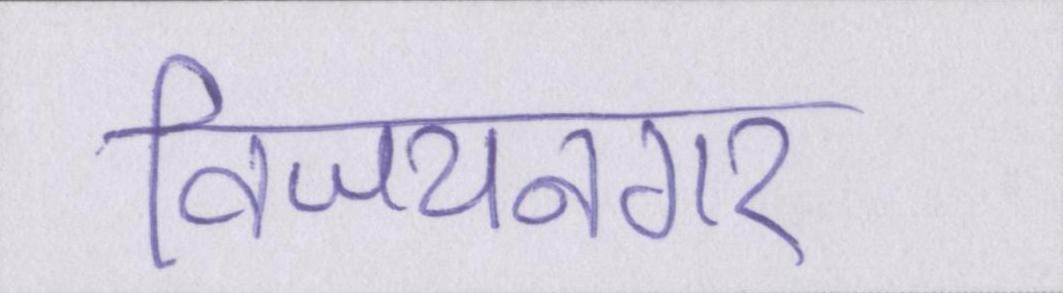
विजयनगर